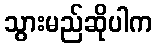
သွားမည်ဆိုပါက